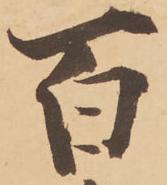
百